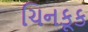
ચિનકૂક